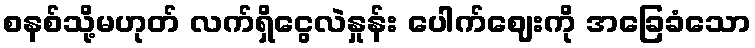
စနစ်သို့မဟုတ် လက်ရှိငွေလဲနှုန်း ပေါက်ဈေးကို အခြေခံသော